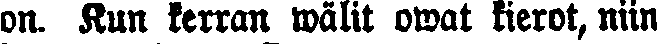
on. Kun kerran wälit owat kierot, niin